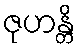
ဇုဟန္တိ